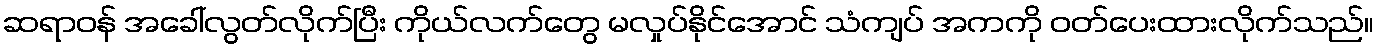
ဆရာဝန် အခေါ်လွတ်လိုက်ပြီး ကိုယ်လက်တွေ မလှုပ်နိုင်အောင် သံကျပ် အကကို ဝတ်ပေးထားလိုက်သည်။